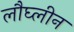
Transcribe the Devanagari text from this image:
लौघ्लीन